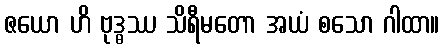
ဇယော ဟိ ဗုဒ္ဓဿ သိရီမတော အယံ စသော ဂါထာ။